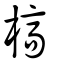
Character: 槁